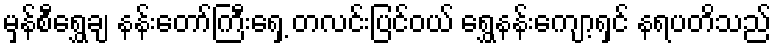
မှန်စီရွှေချ နန်းတော်ကြီးရှေ့ တလင်းပြင်ဝယ် ရွှေနန်းကျော့ရှင် နရပတိသည်